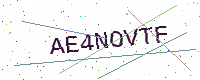
Text: AE4NOVTF